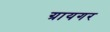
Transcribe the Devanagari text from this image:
ग्रायगर